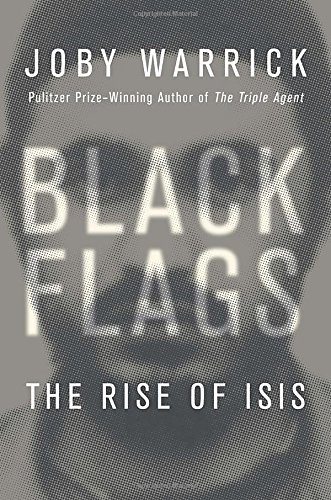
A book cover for Black Flags: The Rise of ISIS; Joby Warrick; History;